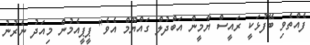
ފެއްތެވި ބޭފުޅަކީ ރައީސް ޔާމީން އަބްދުލް ގައްޔޫމް އެވެ" ޕީޕީއެމުން މިއަދު ނެރުނު